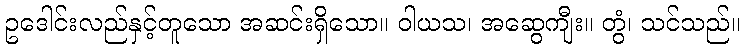
ဥဒေါင်းလည်နှင့်တူသော အဆင်းရှိသော။ ဝါယသ၊ အဆွေကျီး။ တွံ၊ သင်သည်။